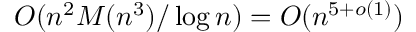
O ( n ^ { 2 } M ( n ^ { 3 } ) / \log { n } ) = O ( n ^ { 5 + o ( 1 ) } )